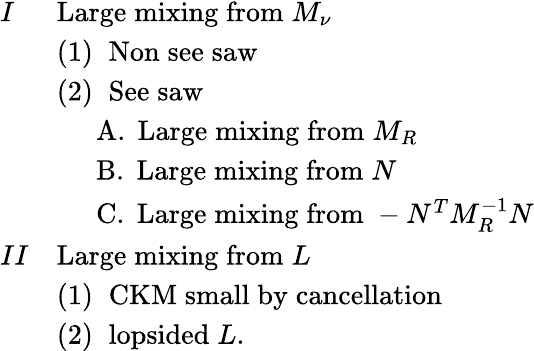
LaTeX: \begin{array}{ll}{{I}}&{{\mathrm{Large\; mixing\; from}\; M_{\nu}}}\\ {{}}&{{(1)\; \; \mathrm{Non\; see\; saw}}}\\ {{}}&{{(2)\; \; \mathrm{See\; saw}}}\\ {{}}&{{\; \; \; \; \; \mathrm{A.\; Large\; mixing\; from}\; M_{R}}}\\ {{}}&{{\; \; \; \; \; \mathrm{B.\; Large\; mixing\; from}\; N}}\\ {{}}&{{\; \; \; \; \; \mathrm{C.\; Large\; mixing\; from}\; -N^{T}M_{R}^{-1}N}}\\ {{II}}&{{\mathrm{Large\; mixing\; from}\; L}}\\ {{}}&{{(1)\; \; \mathrm{CKM\; small\; by\; cancellation}}}\\ {{}}&{{(2)\; \; \mathrm{lopsided}\; L.}}\end{array}